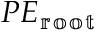
P E _ { \mathbb { r o o t } }